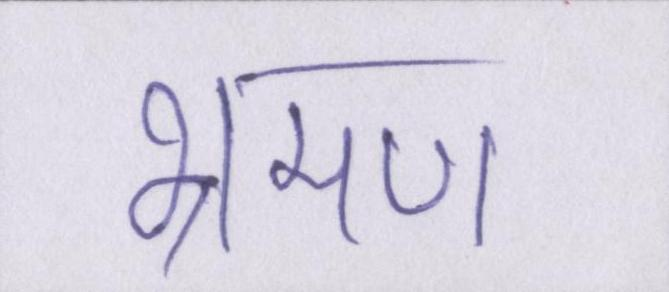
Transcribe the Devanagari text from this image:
भ्रमण